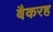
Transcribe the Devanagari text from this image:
बैकरह